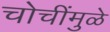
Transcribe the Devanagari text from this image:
चोचींमुळे